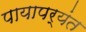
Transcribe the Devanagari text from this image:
पायापर्यंत